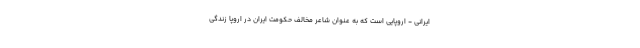
ایرانی - اروپایی است که به عنوان شاعر مخالف حکومت ایران در اروپا زندگی